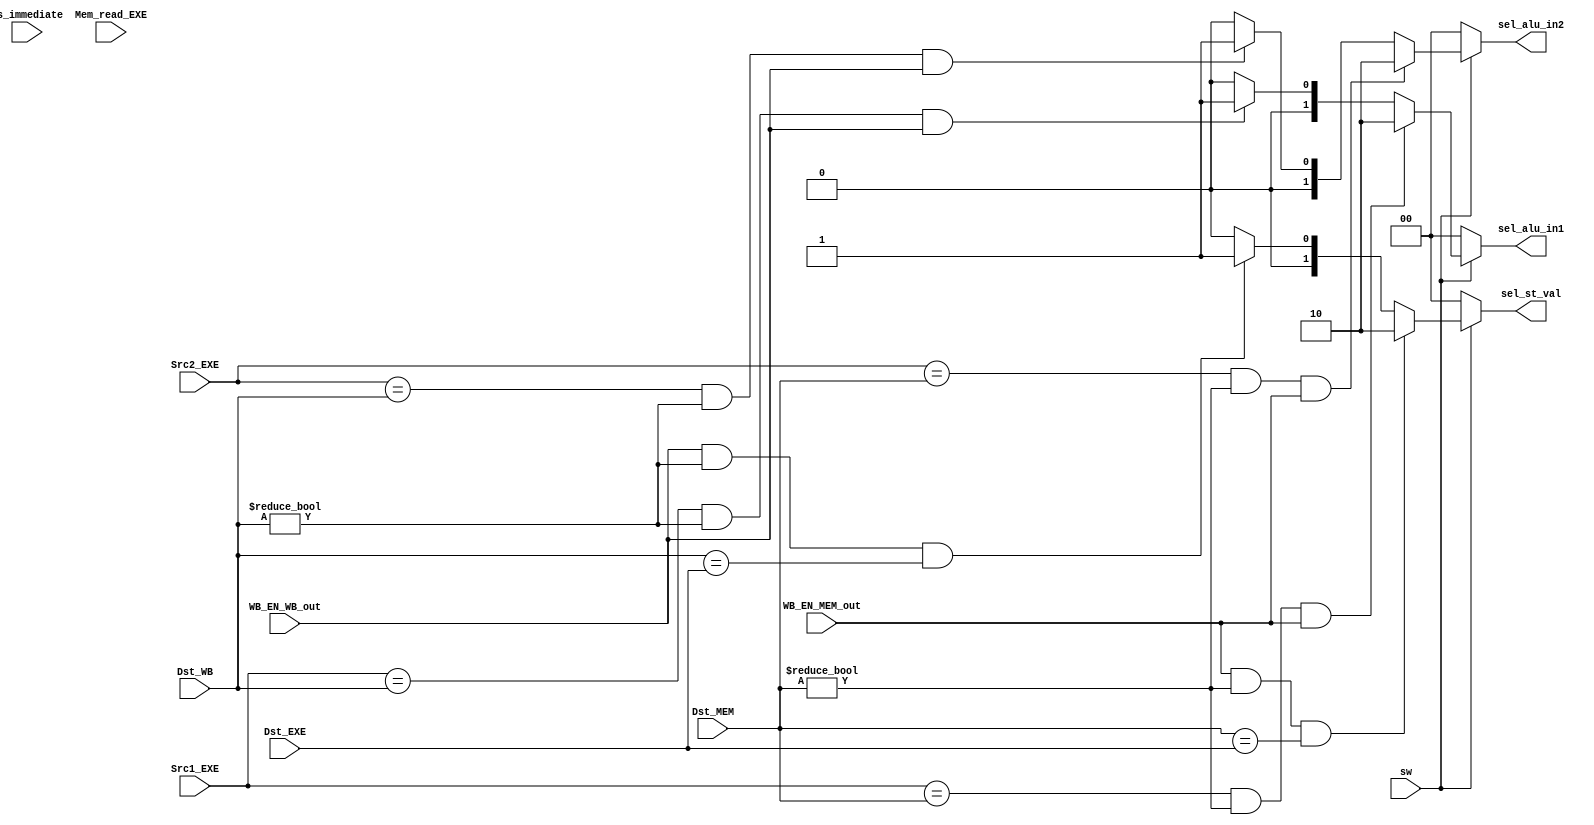
module Forward_Unit
  (
    input sw,
    input [4:0] Src1_EXE,
    input [4:0] Src2_EXE,
    input [4:0] Dst_MEM ,
    input [4:0] Dst_WB ,
    input [4:0] Dst_EXE,
    input WB_EN_WB_out,
    input WB_EN_MEM_out,
    input is_immediate,
    input Mem_read_EXE,
    output reg [1:0]sel_alu_in1,
    output reg [1:0]sel_alu_in2,
    output reg [1:0]sel_st_val
    );

  always@(*)begin 
      sel_alu_in1 = 2'b0;
      sel_alu_in2 = 2'b0;
      sel_st_val = 2'b0;
      if(sw) begin
          if ((Src1_EXE == Dst_WB  )&& Dst_WB != 5'b0 && WB_EN_WB_out  )     
               sel_alu_in1 = 2'b01;
          if ((Src2_EXE == Dst_WB )&& Dst_WB != 5'b0 && WB_EN_WB_out   ) 
               sel_alu_in2 = 2'b01;  
          


          /// update data
          if ((Src1_EXE == Dst_MEM  )&& Dst_MEM != 5'b0 && WB_EN_MEM_out )
            sel_alu_in1 = 2'b10;
          if ( (Src2_EXE == Dst_MEM )&& Dst_MEM != 5'b0 && WB_EN_MEM_out )  
            sel_alu_in2 = 2'b10; 

          if ( WB_EN_MEM_out && Dst_MEM != 5'b0 && (Dst_MEM == Dst_EXE) )
            sel_st_val <= 2'b10;

          else if ( WB_EN_WB_out && Dst_WB != 5'b0 && (Dst_WB == Dst_EXE) )
            sel_st_val <= 2'b01;  
      end
      


  end
  
endmodule